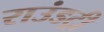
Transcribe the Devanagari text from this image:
राउंडट्री